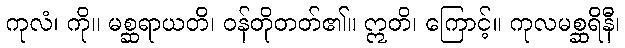
ကုလံ၊ ကို။ မစ္ဆရာယတိ၊ ဝန်တိုတတ်၏။ ဣတိ၊ ကြောင့်။ ကုလမစ္ဆရိနီ၊